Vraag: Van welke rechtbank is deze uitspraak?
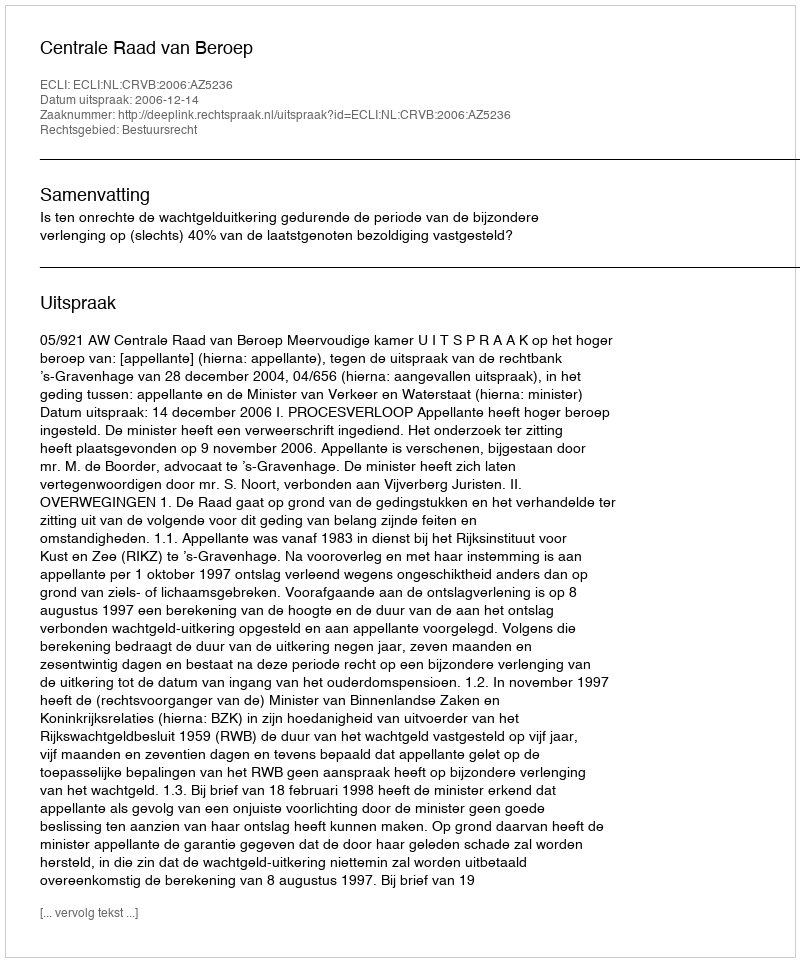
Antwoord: Centrale Raad van Beroep